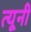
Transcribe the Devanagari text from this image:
त्‍यूनी